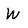
Character: W